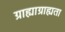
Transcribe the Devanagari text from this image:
ग्राह्याग्राह्यता